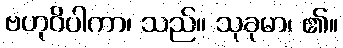
ဗဟုဝိပါကာ၊ သည်။ သုခုမာ၊ ၏။